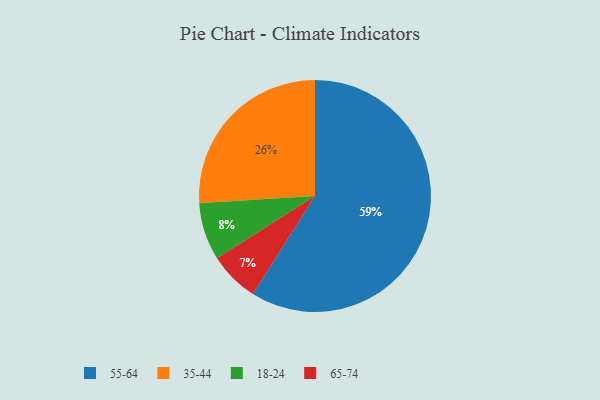
{"axis": {"x": "Category", "y": "Percentage"}, "legend": ["18-24", "35-44", "55-64", "65-74"], "data": [{"x": "18-24", "y": 8, "type": "18-24"}, {"x": "35-44", "y": 26, "type": "35-44"}, {"x": "55-64", "y": 59, "type": "55-64"}, {"x": "65-74", "y": 7, "type": "65-74"}]}